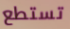
تستطع